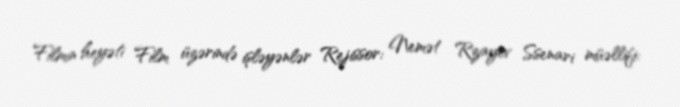
Filmin heyəti Film üzərində işləyənlər Rejissor: Nemət Rzayev Ssenari müəllifi: